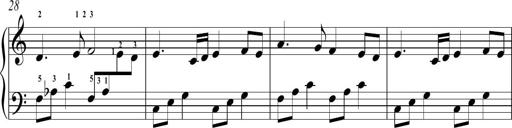
Title: Sonatina No.2 in C
Composer: A. Marando
Key: C major